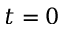
t = 0